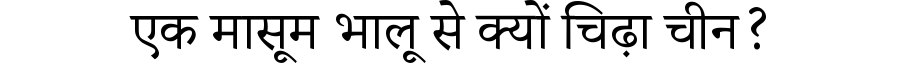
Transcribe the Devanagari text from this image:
एक मासूम भालू से क्यों चिढ़ा चीन?